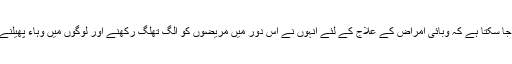
آصف جاہ سابع کی دور اندیشی اور حکمرانی کا اس سے اندازہ لگایا جا سکتا ہے کہ وبائی امراض کے علاج کے لئے انہوں نے اس دور میں مریضوں کو الگ تھلگ رکھنے اور لوگوں میں وہاء پھیلنے سے روکنے کے لئے علیحدہ وارڈس پر مشتمل دواخانہ قائم کیا تھا۔